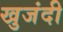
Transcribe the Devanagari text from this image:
खुजंदी